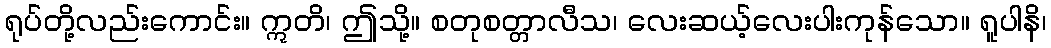
ရုပ်တို့လည်းကောင်း။ ဣတိ၊ ဤသို့။ စတုစတ္တာလီသ၊ လေးဆယ့်လေးပါးကုန်သော။ ရူပါနိ၊